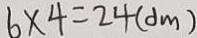
6 \times 4 = 2 4 ( d m )